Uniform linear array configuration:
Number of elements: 8
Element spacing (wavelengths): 0.75
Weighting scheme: binomial
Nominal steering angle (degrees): -45
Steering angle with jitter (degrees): -44.348
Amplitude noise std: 0.05
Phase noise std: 0.05

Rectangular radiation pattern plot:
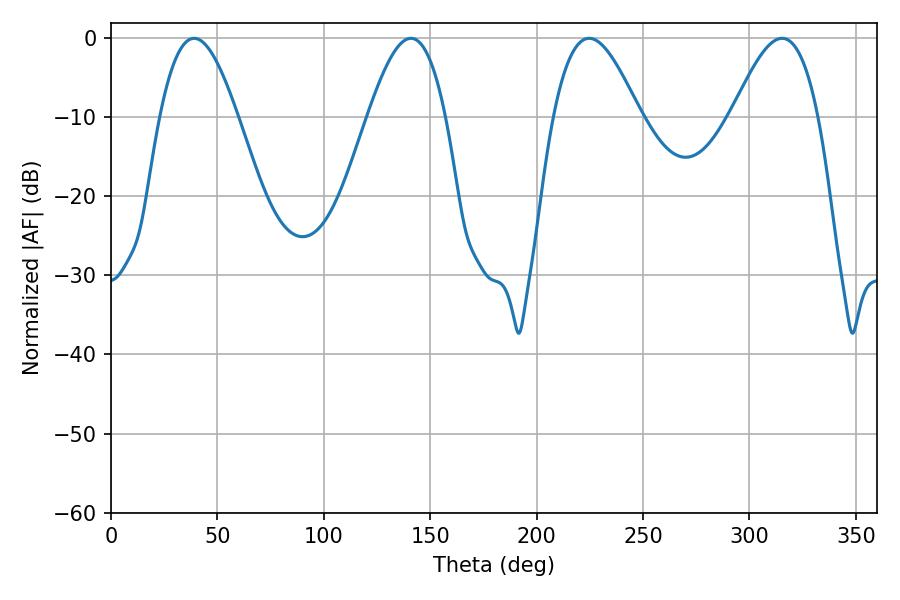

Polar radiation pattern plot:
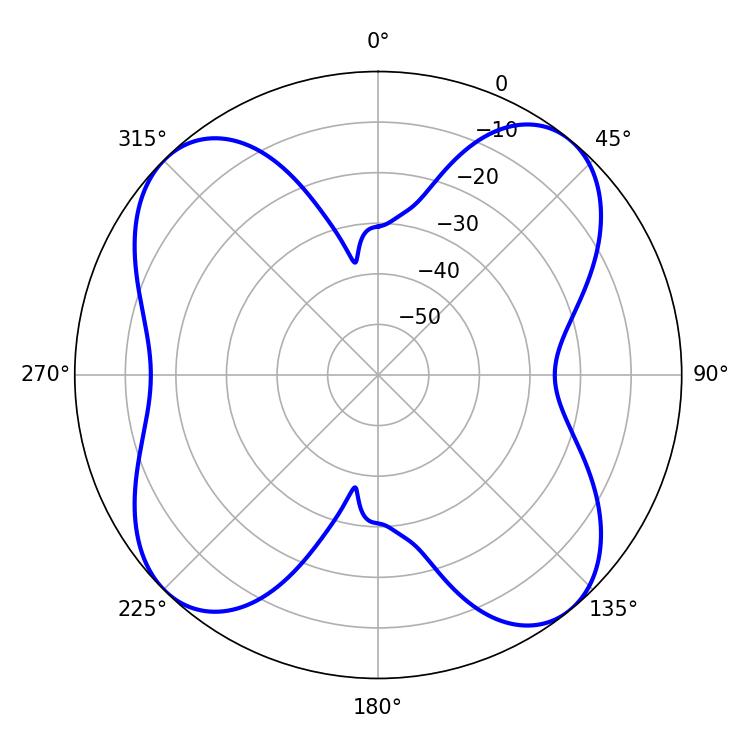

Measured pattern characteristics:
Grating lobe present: TRUE
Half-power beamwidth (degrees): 19.8
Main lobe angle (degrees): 39.06